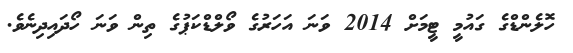
ހޮލެންޑްގެ ގައުމީ ޓީމަށް 2014 ވަނަ އަހަރުގެ ވޯލްޑްކަޕުގެ ތިން ވަނަ ހޯދައިދިނެވެ.